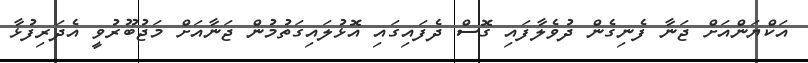
އަކްޔަންއަށް ޖަނާ ފެނިގެން ދުވެލާފައި ގޮސް ދެފައިގައި އޮޅުލައިގަތުމުން ޖަނާއަށް މަޖުބޫރުވީ އެދަރިފުޅާ